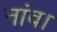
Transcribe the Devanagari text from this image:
नांव।